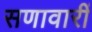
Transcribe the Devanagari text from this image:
सणावारीं